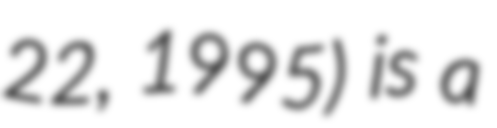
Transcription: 22, 1995) is a